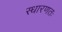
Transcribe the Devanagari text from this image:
स्धारणतः